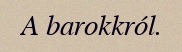
A barokkról.